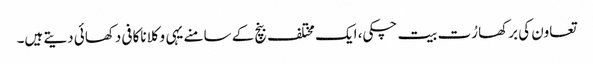
تعاون کی برکھا رُت بیت چکی، ایک مختلف بنچ کے سامنے یہی وکلا ناکافی دکھائی دیتے ہیں۔